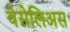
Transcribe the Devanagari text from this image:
वेसेलिअस